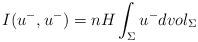
LaTeX: \begin{align*}I(u^-,u^-)=nH\int_{\Sigma}u^-dvol_{\Sigma} \end{align*}